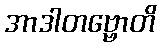
အာဒါတဗ္ဗောတိ